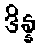
ဒိန္န